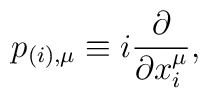
p_{(i),\mu} \equiv  i \frac{\partial}{\partial x_{i}^{\mu}} ,